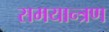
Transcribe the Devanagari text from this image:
समयान्त्रण